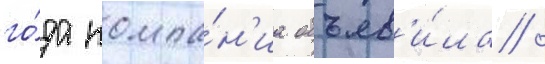
го́да компа́н'иа объяв'и́ла /